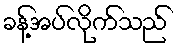
ခန့်အပ်လိုက်သည်